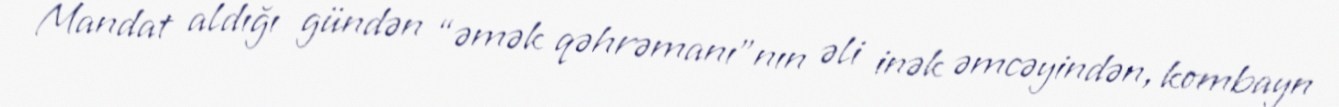
Mandat aldığı gündən “əmək qəhrəmanı”nın əli inək əmcəyindən, kombayn